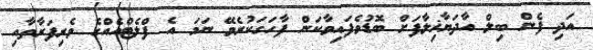
އަދި ފެން ބިލް އާދަޔާޚިލާފަށް ބޮޑުވެފައިވާކަން ފާހަގަކުރެވޭ ނަމަ އެ ފްލެޓްއެއްގެ ވެރިފަރާތާއި